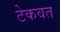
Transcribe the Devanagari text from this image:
टेकवत